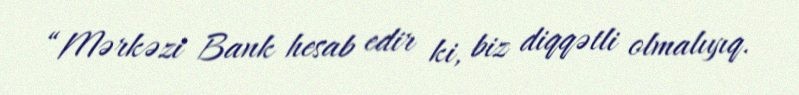
“Mərkəzi Bank hesab edir ki, biz diqqətli olmalıyıq.